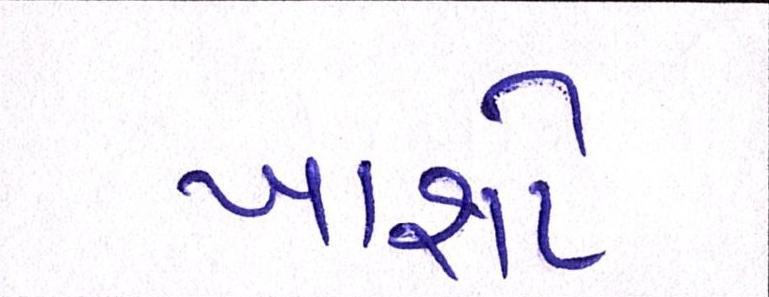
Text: ખાશો